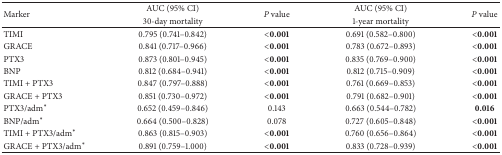
| <ROWSPAN=2> Marker | AUC (95% CI) | <ROWSPAN=2> P value | AUC (95% CI) | <ROWSPAN=2> P value |
 | 30-day mortality | 1-year mortality |
 | --- | --- | --- | --- | --- |
 | TIMI | 0.795 (0.741–0.842) | <0.001 | 0.691 (0.582–0.800) | <0.001 |
 | GRACE | 0.841 (0.717–0.966) | <0.001 | 0.783 (0.672–0.893) | <0.001 |
 | PTX3 | 0.873 (0.801–0.945) | <0.001 | 0.835 (0.769–0.900) | <0.001 |
 | BNP | 0.812 (0.684–0.941) | <0.001 | 0.812 (0.715–0.909) | <0.001 |
 | TIMI + PTX3 | 0.847 (0.797–0.888) | <0.001 | 0.761 (0.669–0.853) | <0.001 |
 | GRACE + PTX3 | 0.851 (0.730–0.972) | <0.001 | 0.791 (0.682–0.901) | <0.001 |
 | PTX3/adm* | 0.652 (0.459–0.846) | 0.143 | 0.663 (0.544–0.782) | 0.016 |
 | BNP/adm* | 0.664 (0.500–0.828) | 0.078 | 0.727 (0.605–0.848) | <0.001 |
 | TIMI + PTX3/adm* | 0.863 (0.815–0.903) | <0.001 | 0.760 (0.656–0.864) | <0.001 |
 | GRACE + PTX3/adm* | 0.891 (0.759–1.000) | <0.001 | 0.833 (0.728–0.939) | <0.001 |